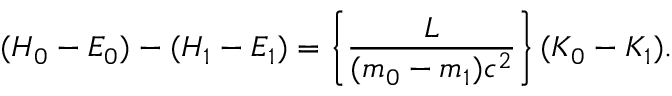
( H _ { 0 } - E _ { 0 } ) - ( H _ { 1 } - E _ { 1 } ) = \left\{ \frac { L } { ( m _ { 0 } - m _ { 1 } ) c ^ { 2 } } \right\} ( K _ { 0 } - K _ { 1 } ) .